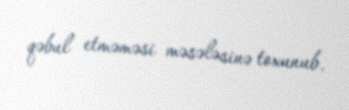
qəbul etməməsi məsələsinə toxunub.